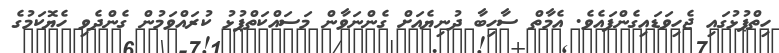
ހިތްޕުޅުގައި ޖެހިވަޑައިގެންފައެވެ. އެމާތް ސާހިބާ ދުނިޔެއަށް ގެންނަވާން މަސައްކަތްޕުޅު ކުރައްވަމުން ގެންދެވި ހެޔޮކަމުގެ